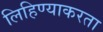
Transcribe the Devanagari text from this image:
लिहिण्याकरता